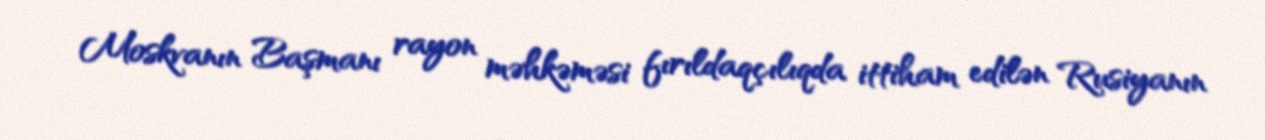
Moskvanın Başmanı rayon məhkəməsi fırıldaqçılıqda ittiham edilən Rusiyanın